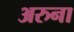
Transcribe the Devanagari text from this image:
अरुना